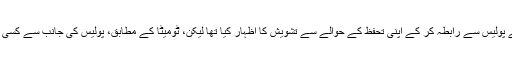
حملے سے دو ہفتے قبل میو ٹومیٹا نے پولیس سے رابطہ کر کے اپنی تحفظ کے حوالے سے تشویش کا اظہار کیا تھا لیکن، ٹومیٹا کے مطابق، پولیس کی جانب سے کسی قسم کی کوئی کارروائی نہیں کی گئی۔